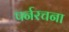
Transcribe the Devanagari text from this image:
पर्नरचना